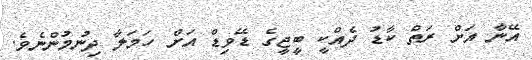
އޭނާ އަށް ރަތް ކާޑު ދެއްކީ ބީޖީގެ ޑޭވިޑް އަށް ހަމަލާ ދިނުމުންނެވެ.